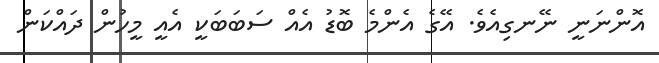
އޮންނަނީ ނޭނގިއެވެ. އޭގެ އެންމެ ބޮޑު އެއް ސަބަބަކީ އެއީ މީހުން ދައްކަން